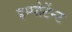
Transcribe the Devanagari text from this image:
इम्पोर्टेन्ट